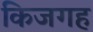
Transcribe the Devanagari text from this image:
किजगह